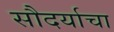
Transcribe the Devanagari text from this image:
सौदर्याचा